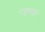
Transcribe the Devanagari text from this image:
राष्ट्रांमधून